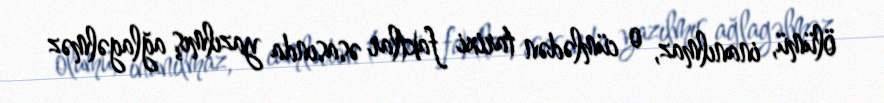
ölümü, inanılmaz, o cümlədən tarixi faktlar əsasında yazılmış ağlagəlməz